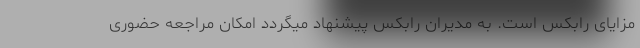
مزایای رابکس است. به مدیران رابکس پیشنهاد میگردد امکان مراجعه حضوری